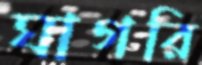
ঘাগরি